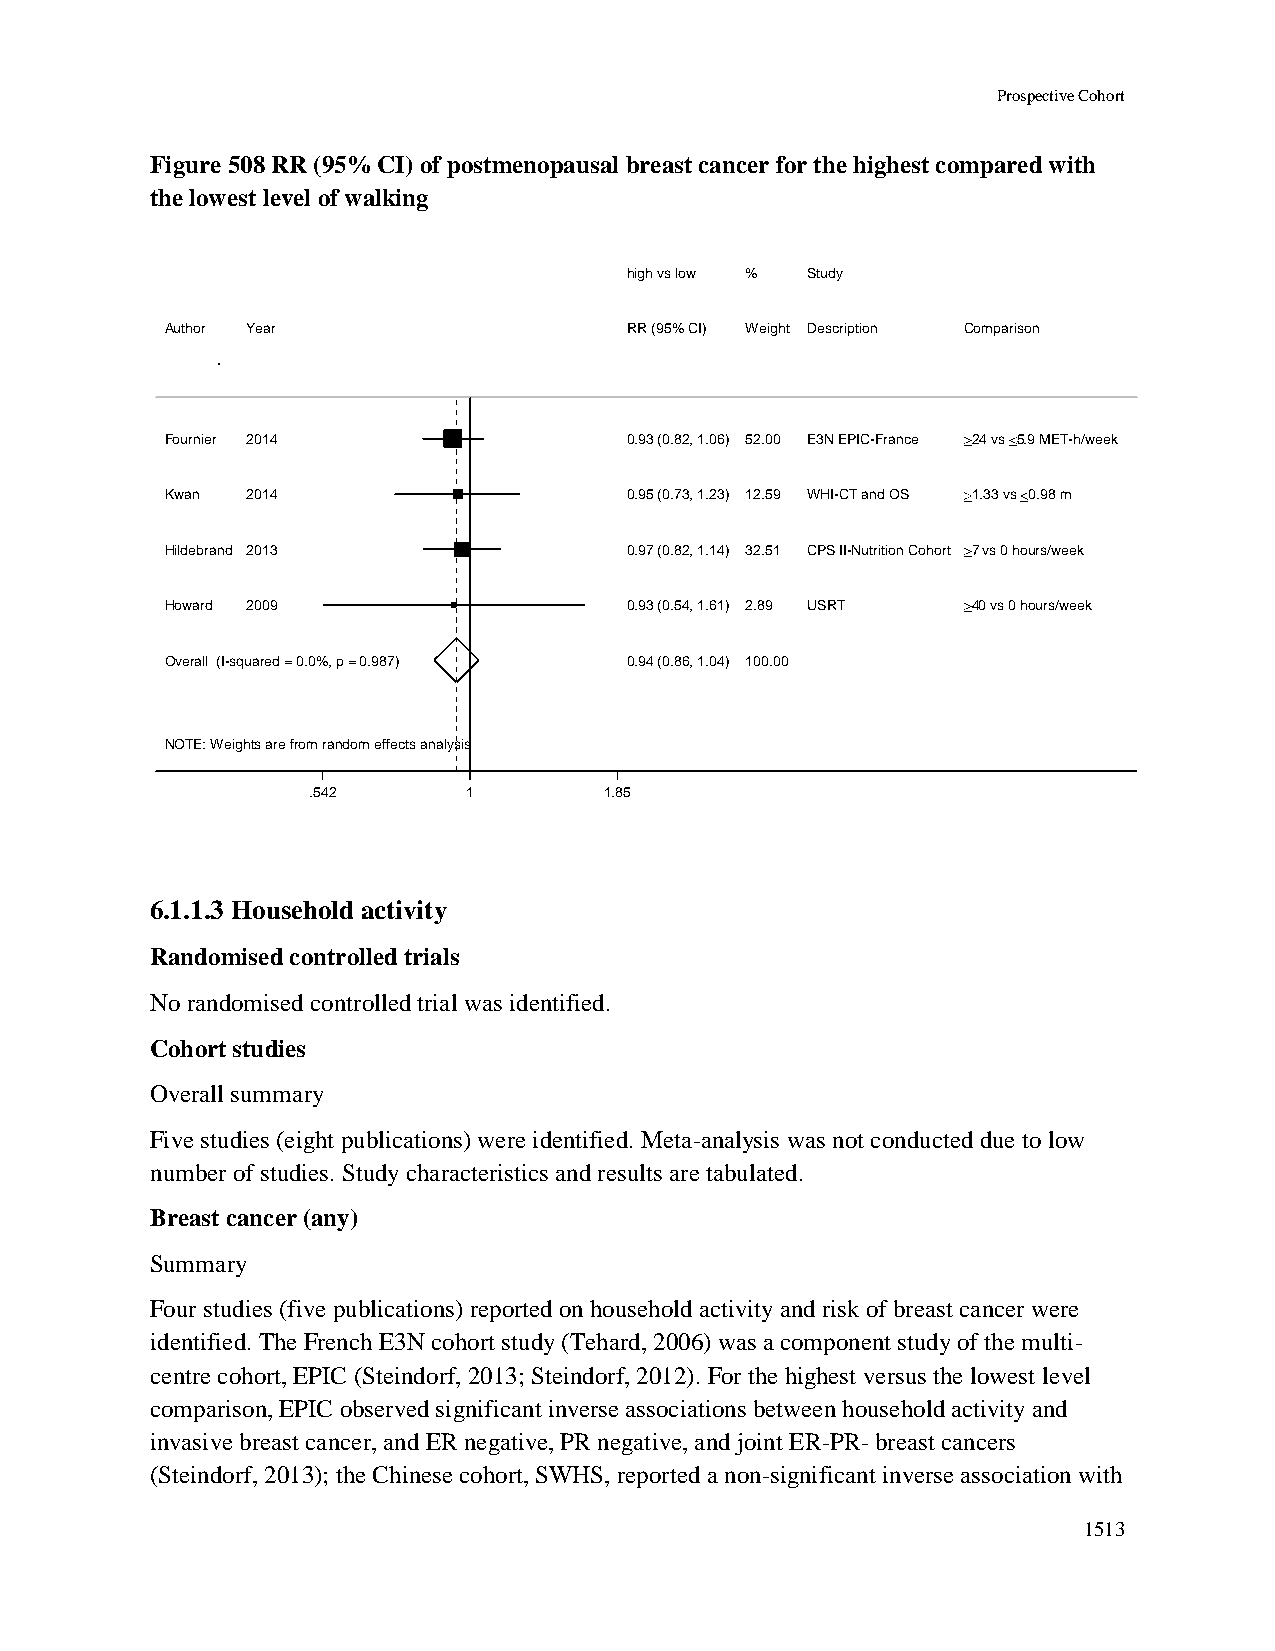
Prospective Cohort
 Figure 508 RR (95% CI) of postmenopausal breast cancer for the highest compared with
 the lowest level of walking
 hhiigghh vvss llooww %% Study
 Author Year                    RRRR ((9955%% CCII)) WWeeiigghhtt Description Comparison
 Fournier 2014                  00..9933 ((00..8822,, 11..0066)) 5522..0000 E3N EPIC-France 24 vs 5.9 MET-h/week
 Kwan 2014                      00..9955 ((00..7733,, 11..2233)) 1122..5599 WHI-CT and OS 1.33 vs 0.98 m
 Hildebrand 2013                00..9977 ((00..8822,, 11..1144)) 3322..5511 CPS II-Nutrition Cohort 7 vs 0 hours/week
 Howard 2009                    00..9933 ((00..5544,, 11..6611)) 22..8899 USRT 40 vs 0 hours/week
 Overall (I-squared = 0.0%, p = 0.987) 00..9944 ((00..8866,, 11..0044)) 110000..0000
 NOTE: Weights are from random effects analysis
 .542       11       1.85
 6.1.1.3 Household activity
 Randomised controlled trials
 No randomised controlled trial was identified.
 Cohort studies
 Overall summary
 Five studies (eight publications) were identified. Meta-analysis was not conducted due to low
 number of studies. Study characteristics and results are tabulated.
 Breast cancer (any)
 Summary
 Four studies (five publications) reported on household activity and risk of breast cancer were
 identified. The French E3N cohort study (Tehard, 2006) was a component study of the multi-
 centre cohort, EPIC (Steindorf, 2013; Steindorf, 2012). For the highest versus the lowest level
 comparison, EPIC observed significant inverse associations between household activity and
 invasive breast cancer, and ER negative, PR negative, and joint ER-PR- breast cancers
 (Steindorf, 2013); the Chinese cohort, SWHS, reported a non-significant inverse association with
 1513